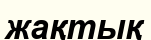
жақтық